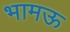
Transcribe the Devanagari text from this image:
भामऊ